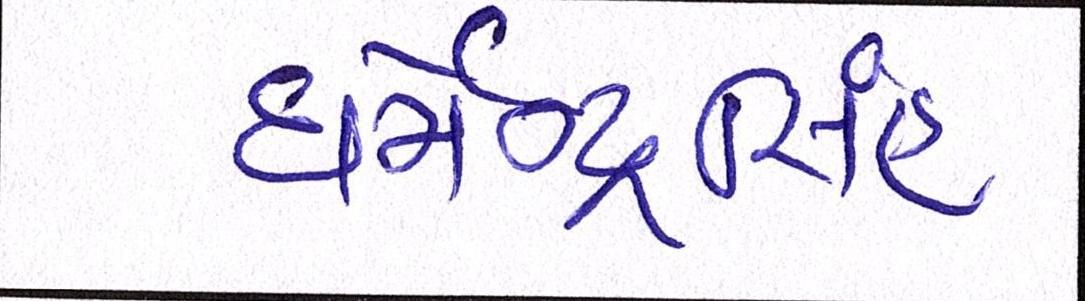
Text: ધર્મેન્દ્રસિંહ